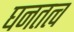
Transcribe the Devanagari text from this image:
घनतत्व